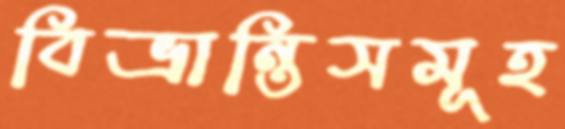
বিভ্রান্তিসমূহ